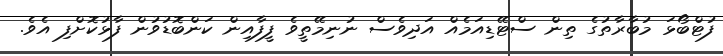
ފުޓްބޯޅަ މުބާރާތުގެ ތިން ސްޓޭޑިއަމެއް އަދިވެސް ނުނިމޭތީވެ ފީފާއިން ކަންބޮޑުވުން ފާޅުކޮށްފި އެވެ.